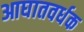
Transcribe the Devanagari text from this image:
आघातवर्धक